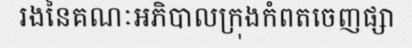
រងនៃគណៈអភិបាលក្រុងកំពតចេញផ្សា